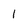
Character: 1